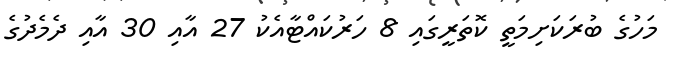
މަހުގެ ބުރަކަށިމަތީ ކޮތަރީގައި 8 ހަރުކައްޓާއެކު 27 އާއި 30 އާއި ދެމެދުގެ